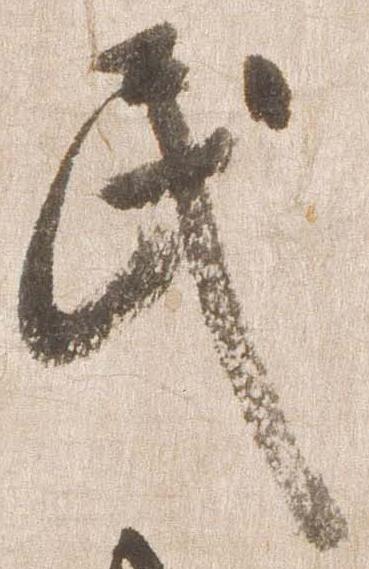
民